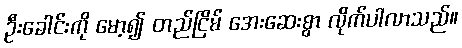
ဦးခေါင်းကို မော့၍ တည်ငြိမ် အေးဆေးစွာ လိုက်ပါလာသည်။